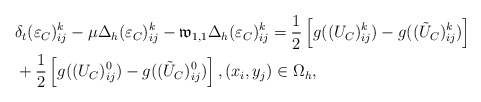
\begin{align*} &\delta_{t}(\varepsilon_C)^{k}_{ij}-\mu\Delta_{h} (\varepsilon_C)^{k}_{ij}- \mathfrak{w}_{1,1}\Delta_{h} (\varepsilon_C)^{k}_{ij} =\frac{1}{2}\left[g((U_C)^k_{ij})-g((\tilde{U}_C)^k_{ij})\right]\\ &+\frac{1}{2}\left[g((U_C)^0_{ij})-g((\tilde{U}_C)^0_{ij})\right] ,(x_i,y_j)\in\Omega_{h}, \end{align*}